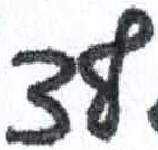
אות: צ